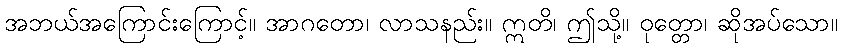
အဘယ်အကြောင်းကြောင့်။ အာဂတော၊ လာသနည်း။ ဣတိ၊ ဤသို့။ ဝုတ္တော၊ ဆိုအပ်သော။